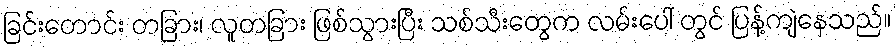
ခြင်းတောင်း တခြား၊ လူတခြား ဖြစ်သွားပြီး သစ်သီးတွေက လမ်းပေါ် တွင် ပြန့်ကျဲနေသည်။